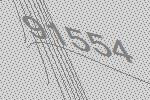
91554